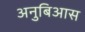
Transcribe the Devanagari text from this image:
अनुबिआस